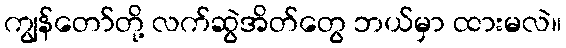
ကျွန်တော်တို့ လက်ဆွဲအိတ်တွေ ဘယ်မှာ ထားမလဲ။